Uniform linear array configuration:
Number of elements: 48
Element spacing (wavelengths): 0.5
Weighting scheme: uniform
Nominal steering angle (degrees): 30
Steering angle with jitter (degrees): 28.308
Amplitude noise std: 0.05
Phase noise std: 0.05

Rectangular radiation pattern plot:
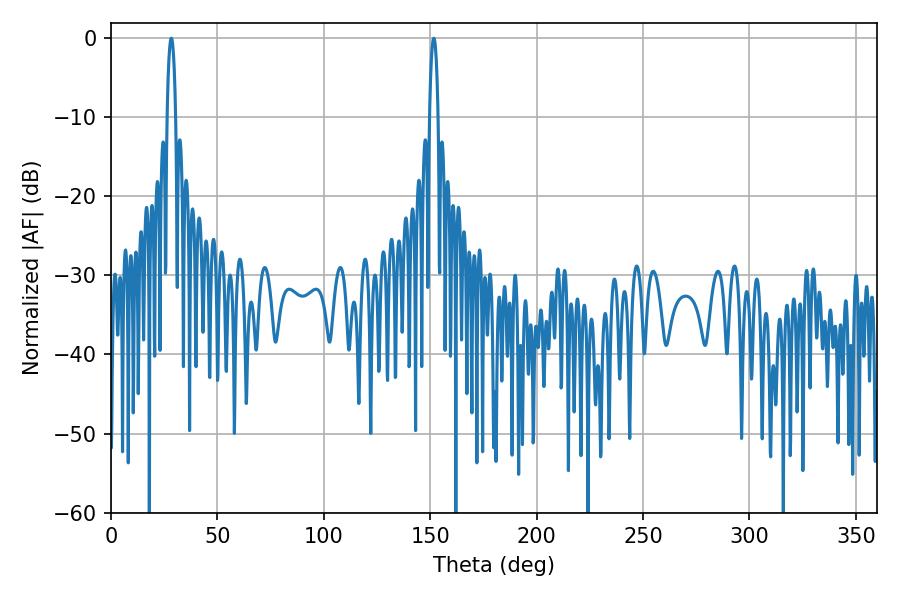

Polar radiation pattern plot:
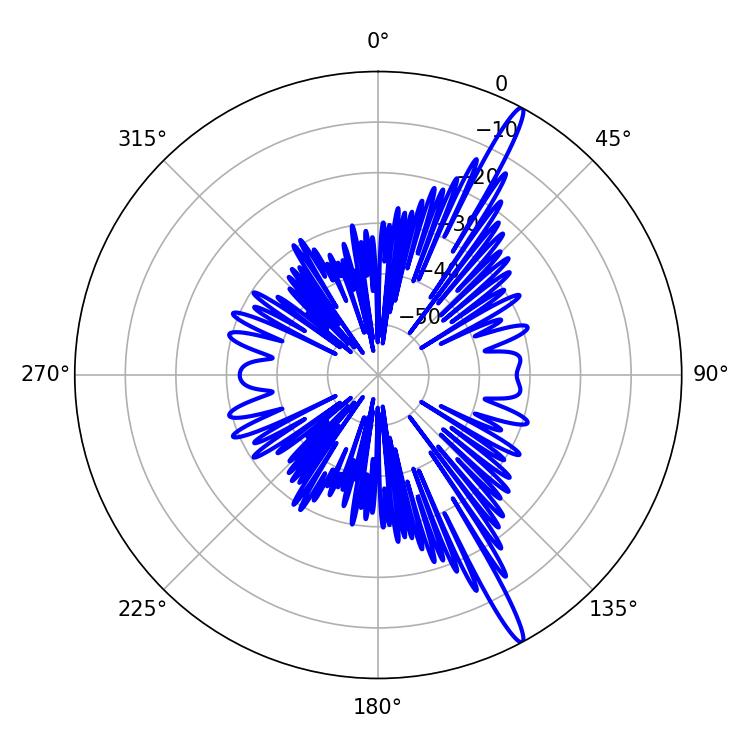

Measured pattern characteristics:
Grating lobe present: FALSE
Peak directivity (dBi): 16.502
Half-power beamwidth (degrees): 2.34
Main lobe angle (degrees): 151.74